Bréfritari: Þórarinn Stefánsson
Dagsetning: A-1925-09-17
Skrifað á: Vesturheimi

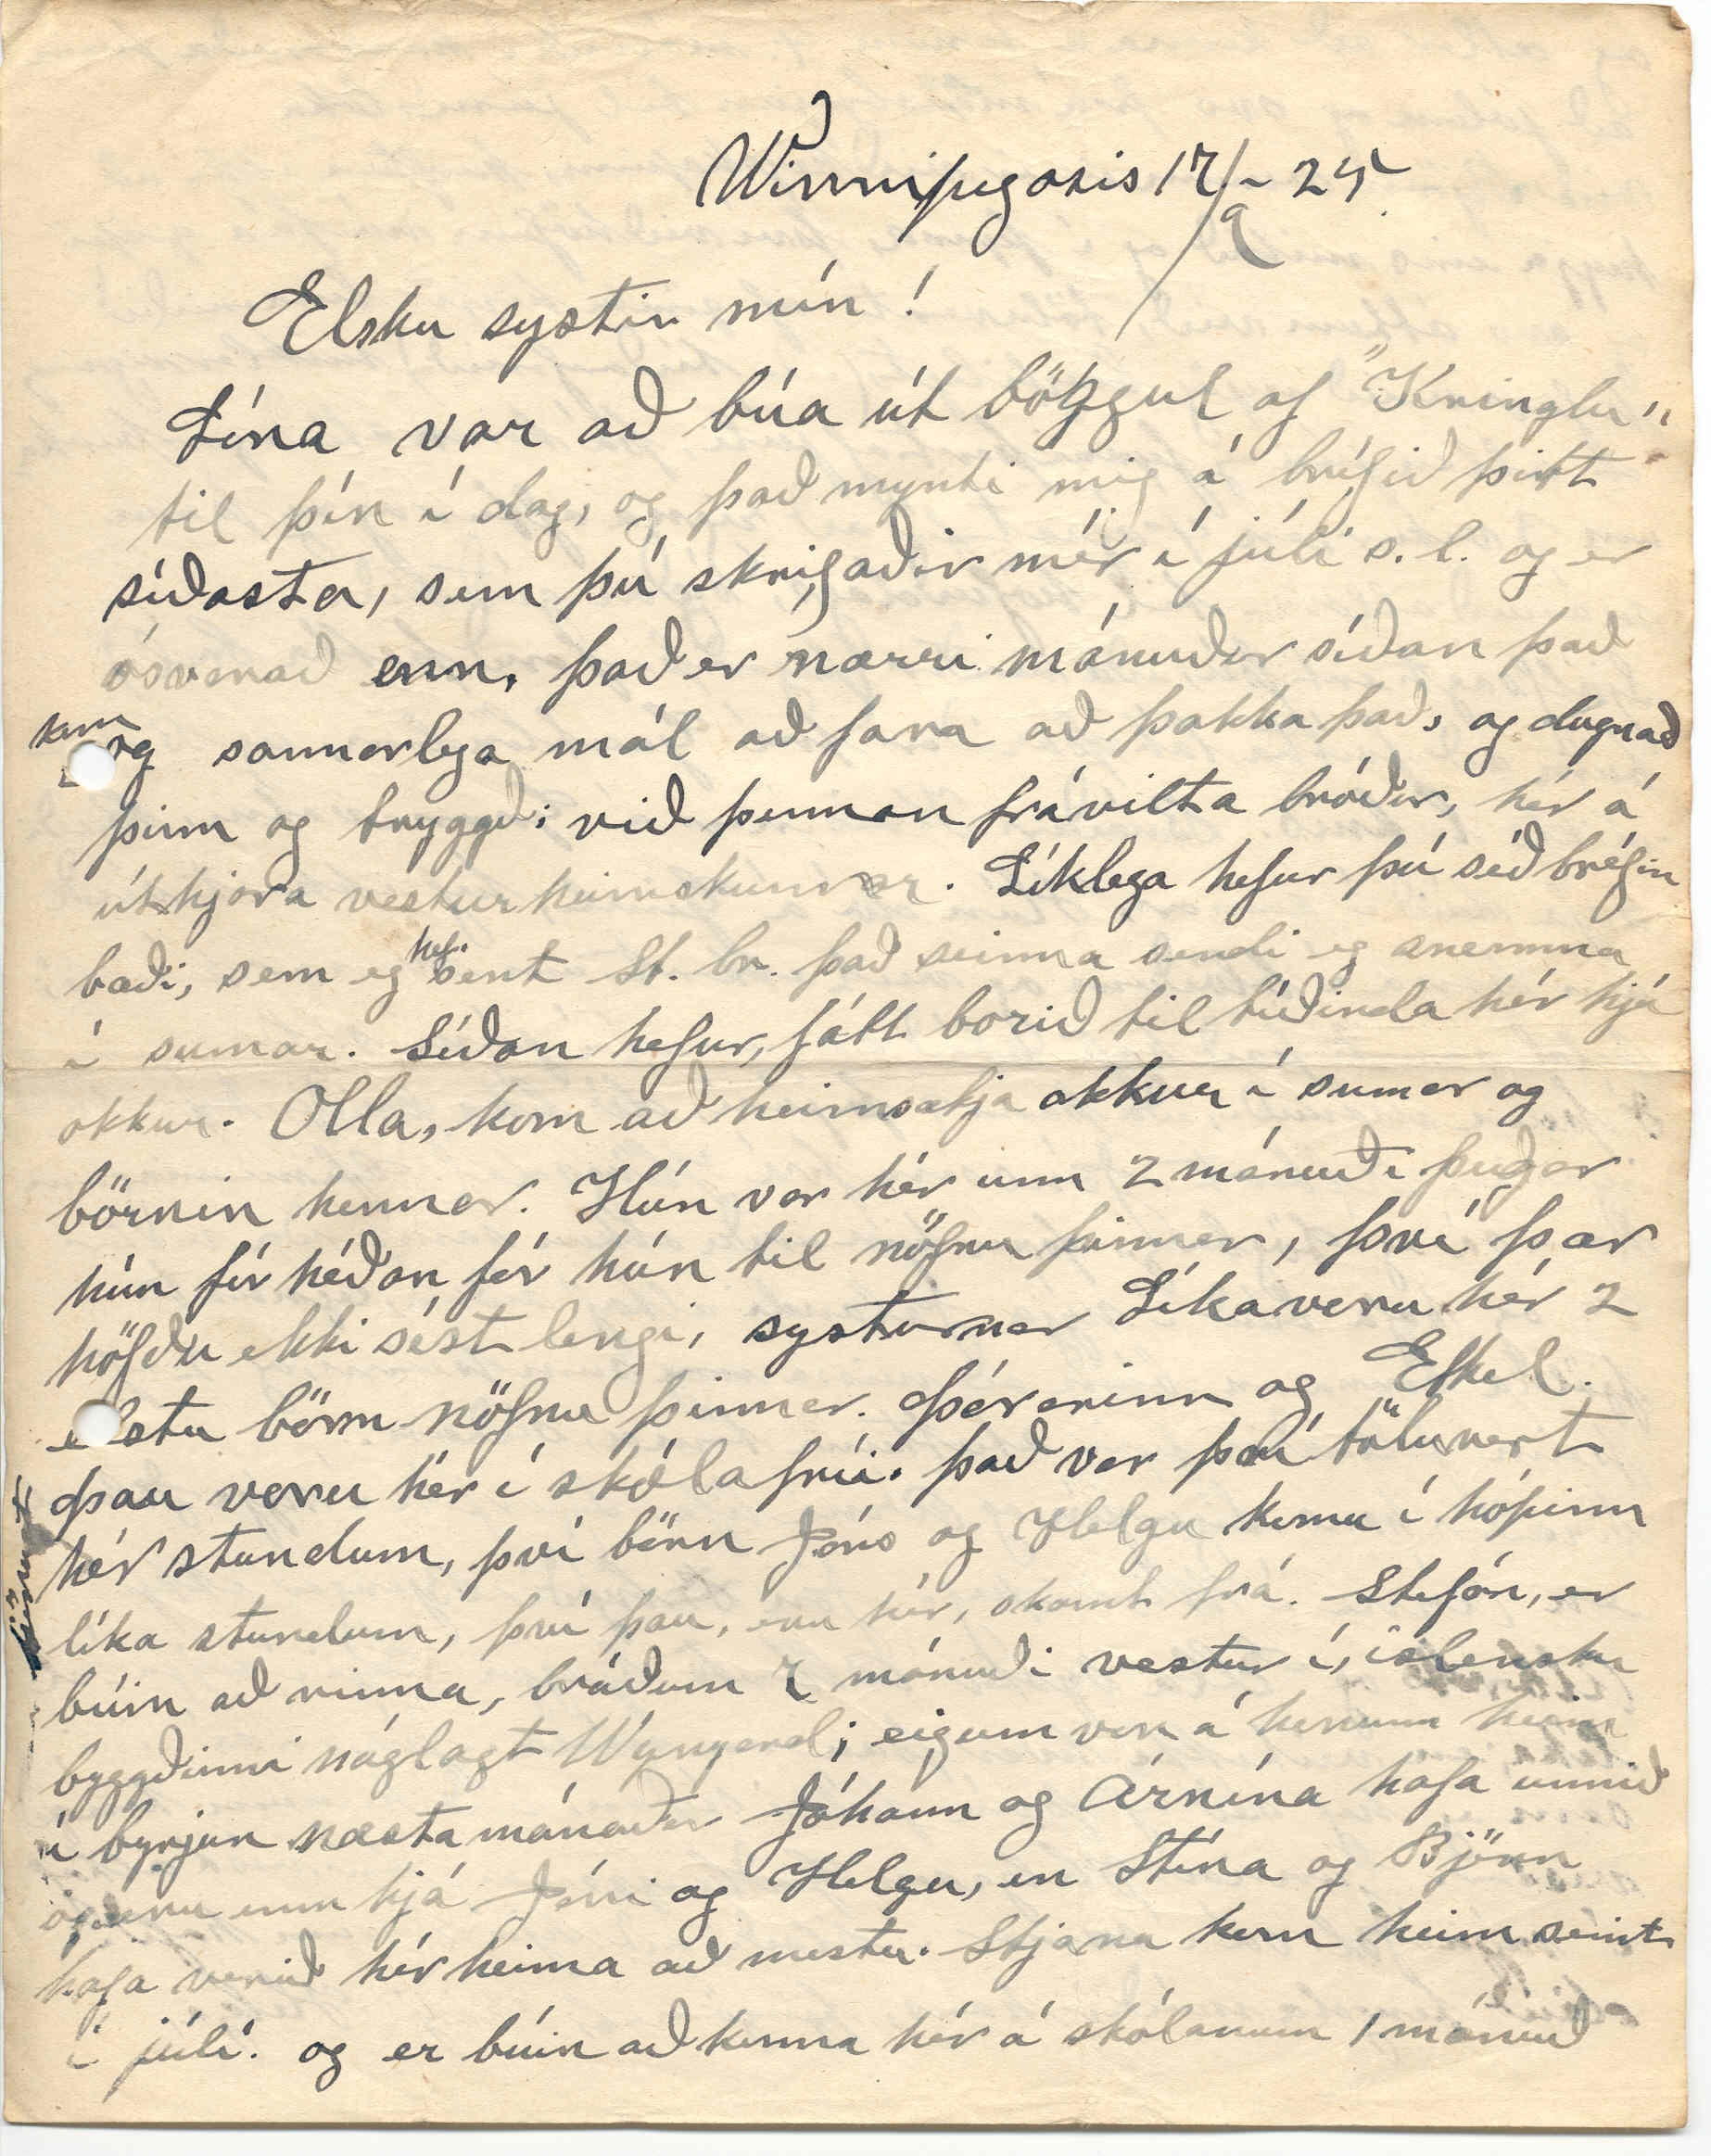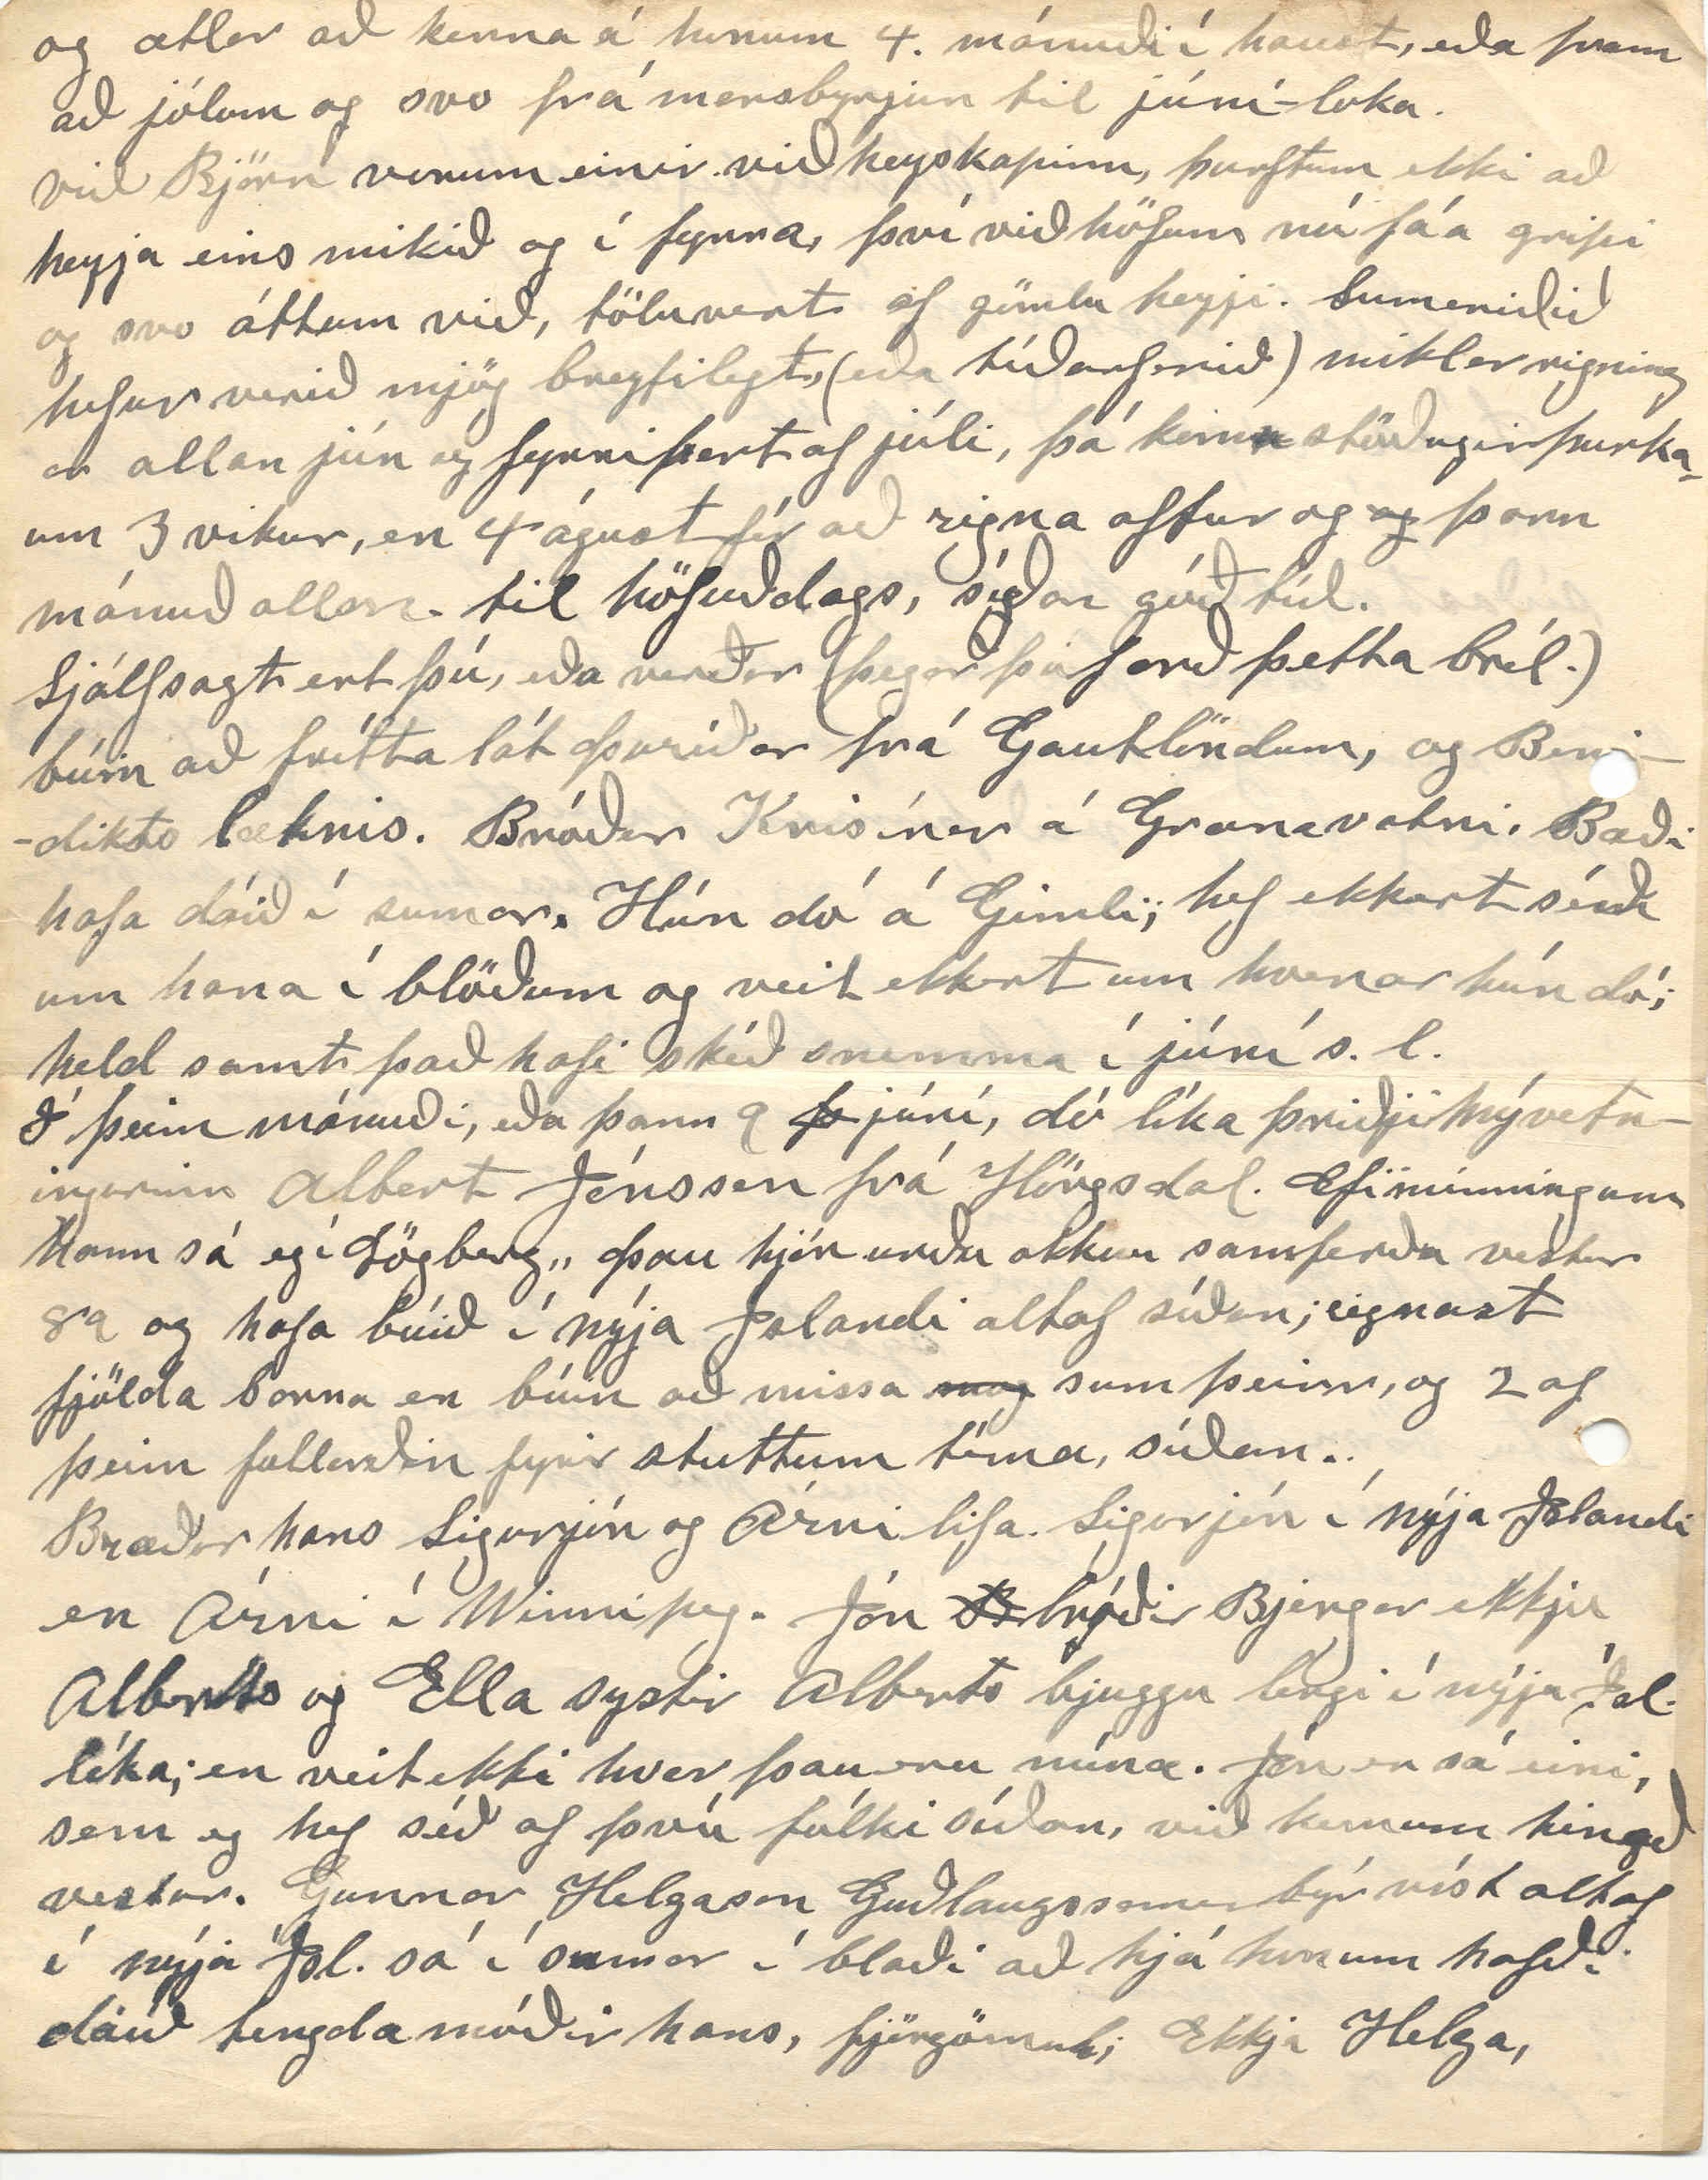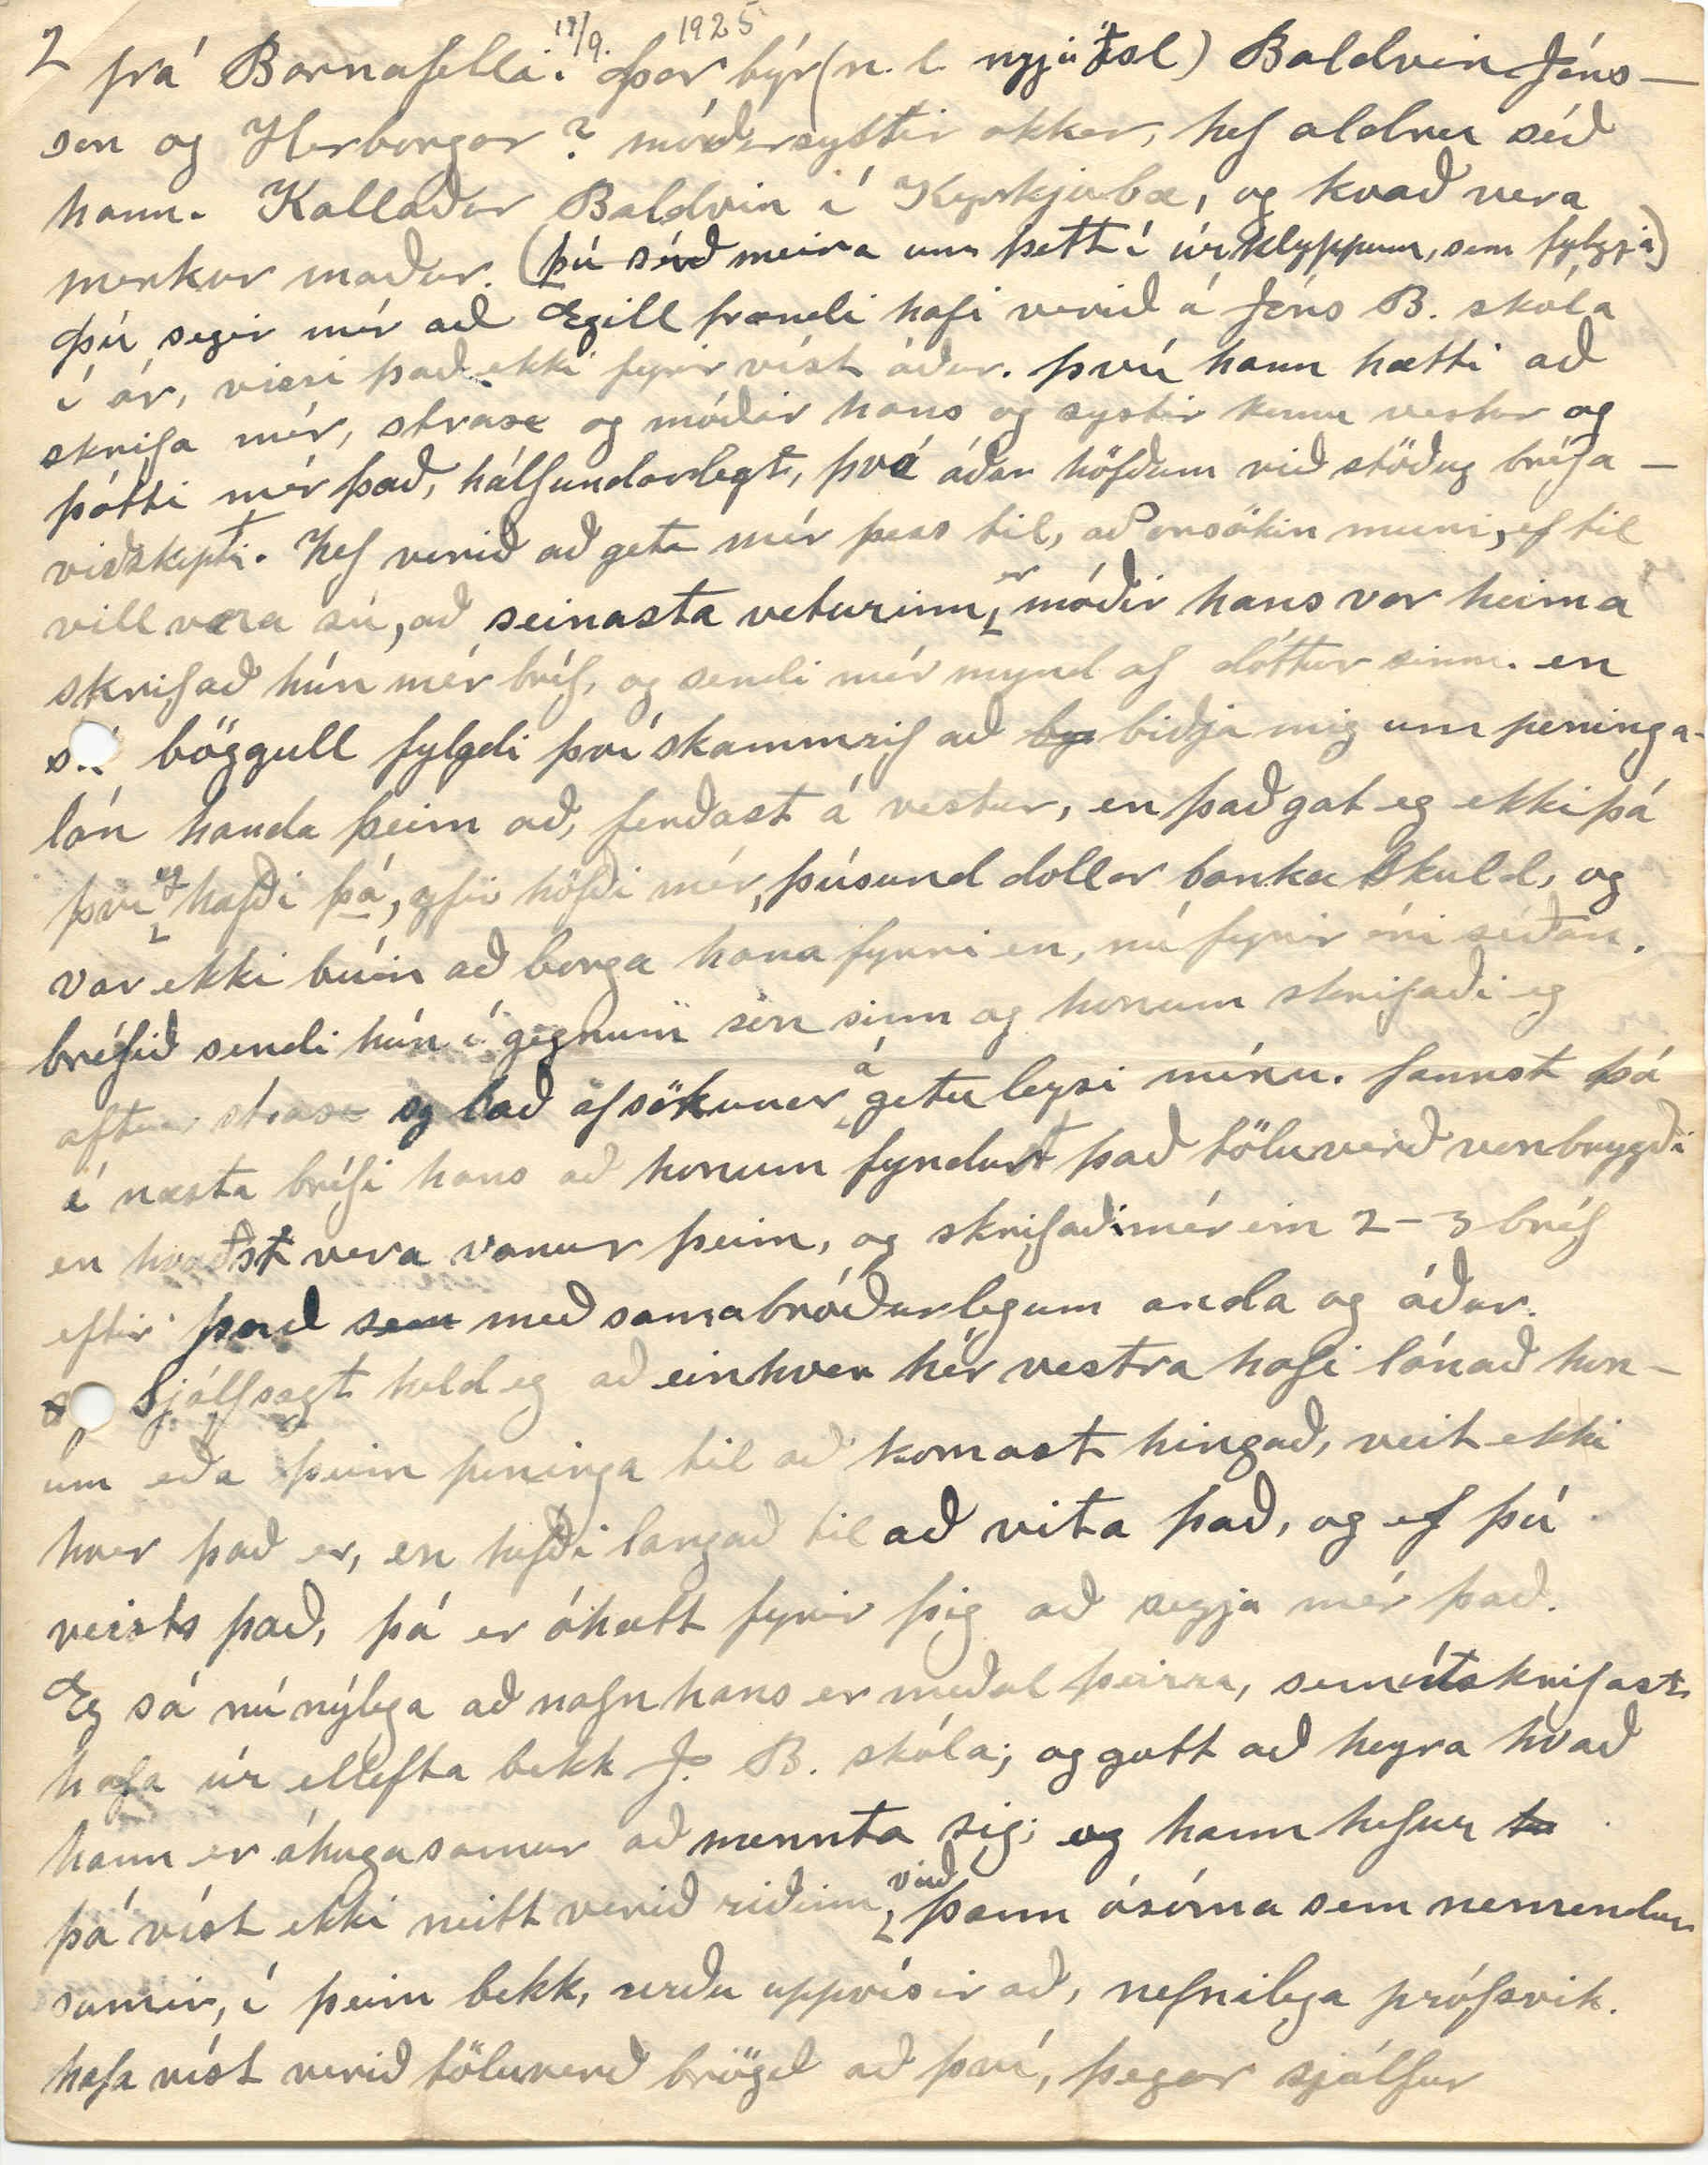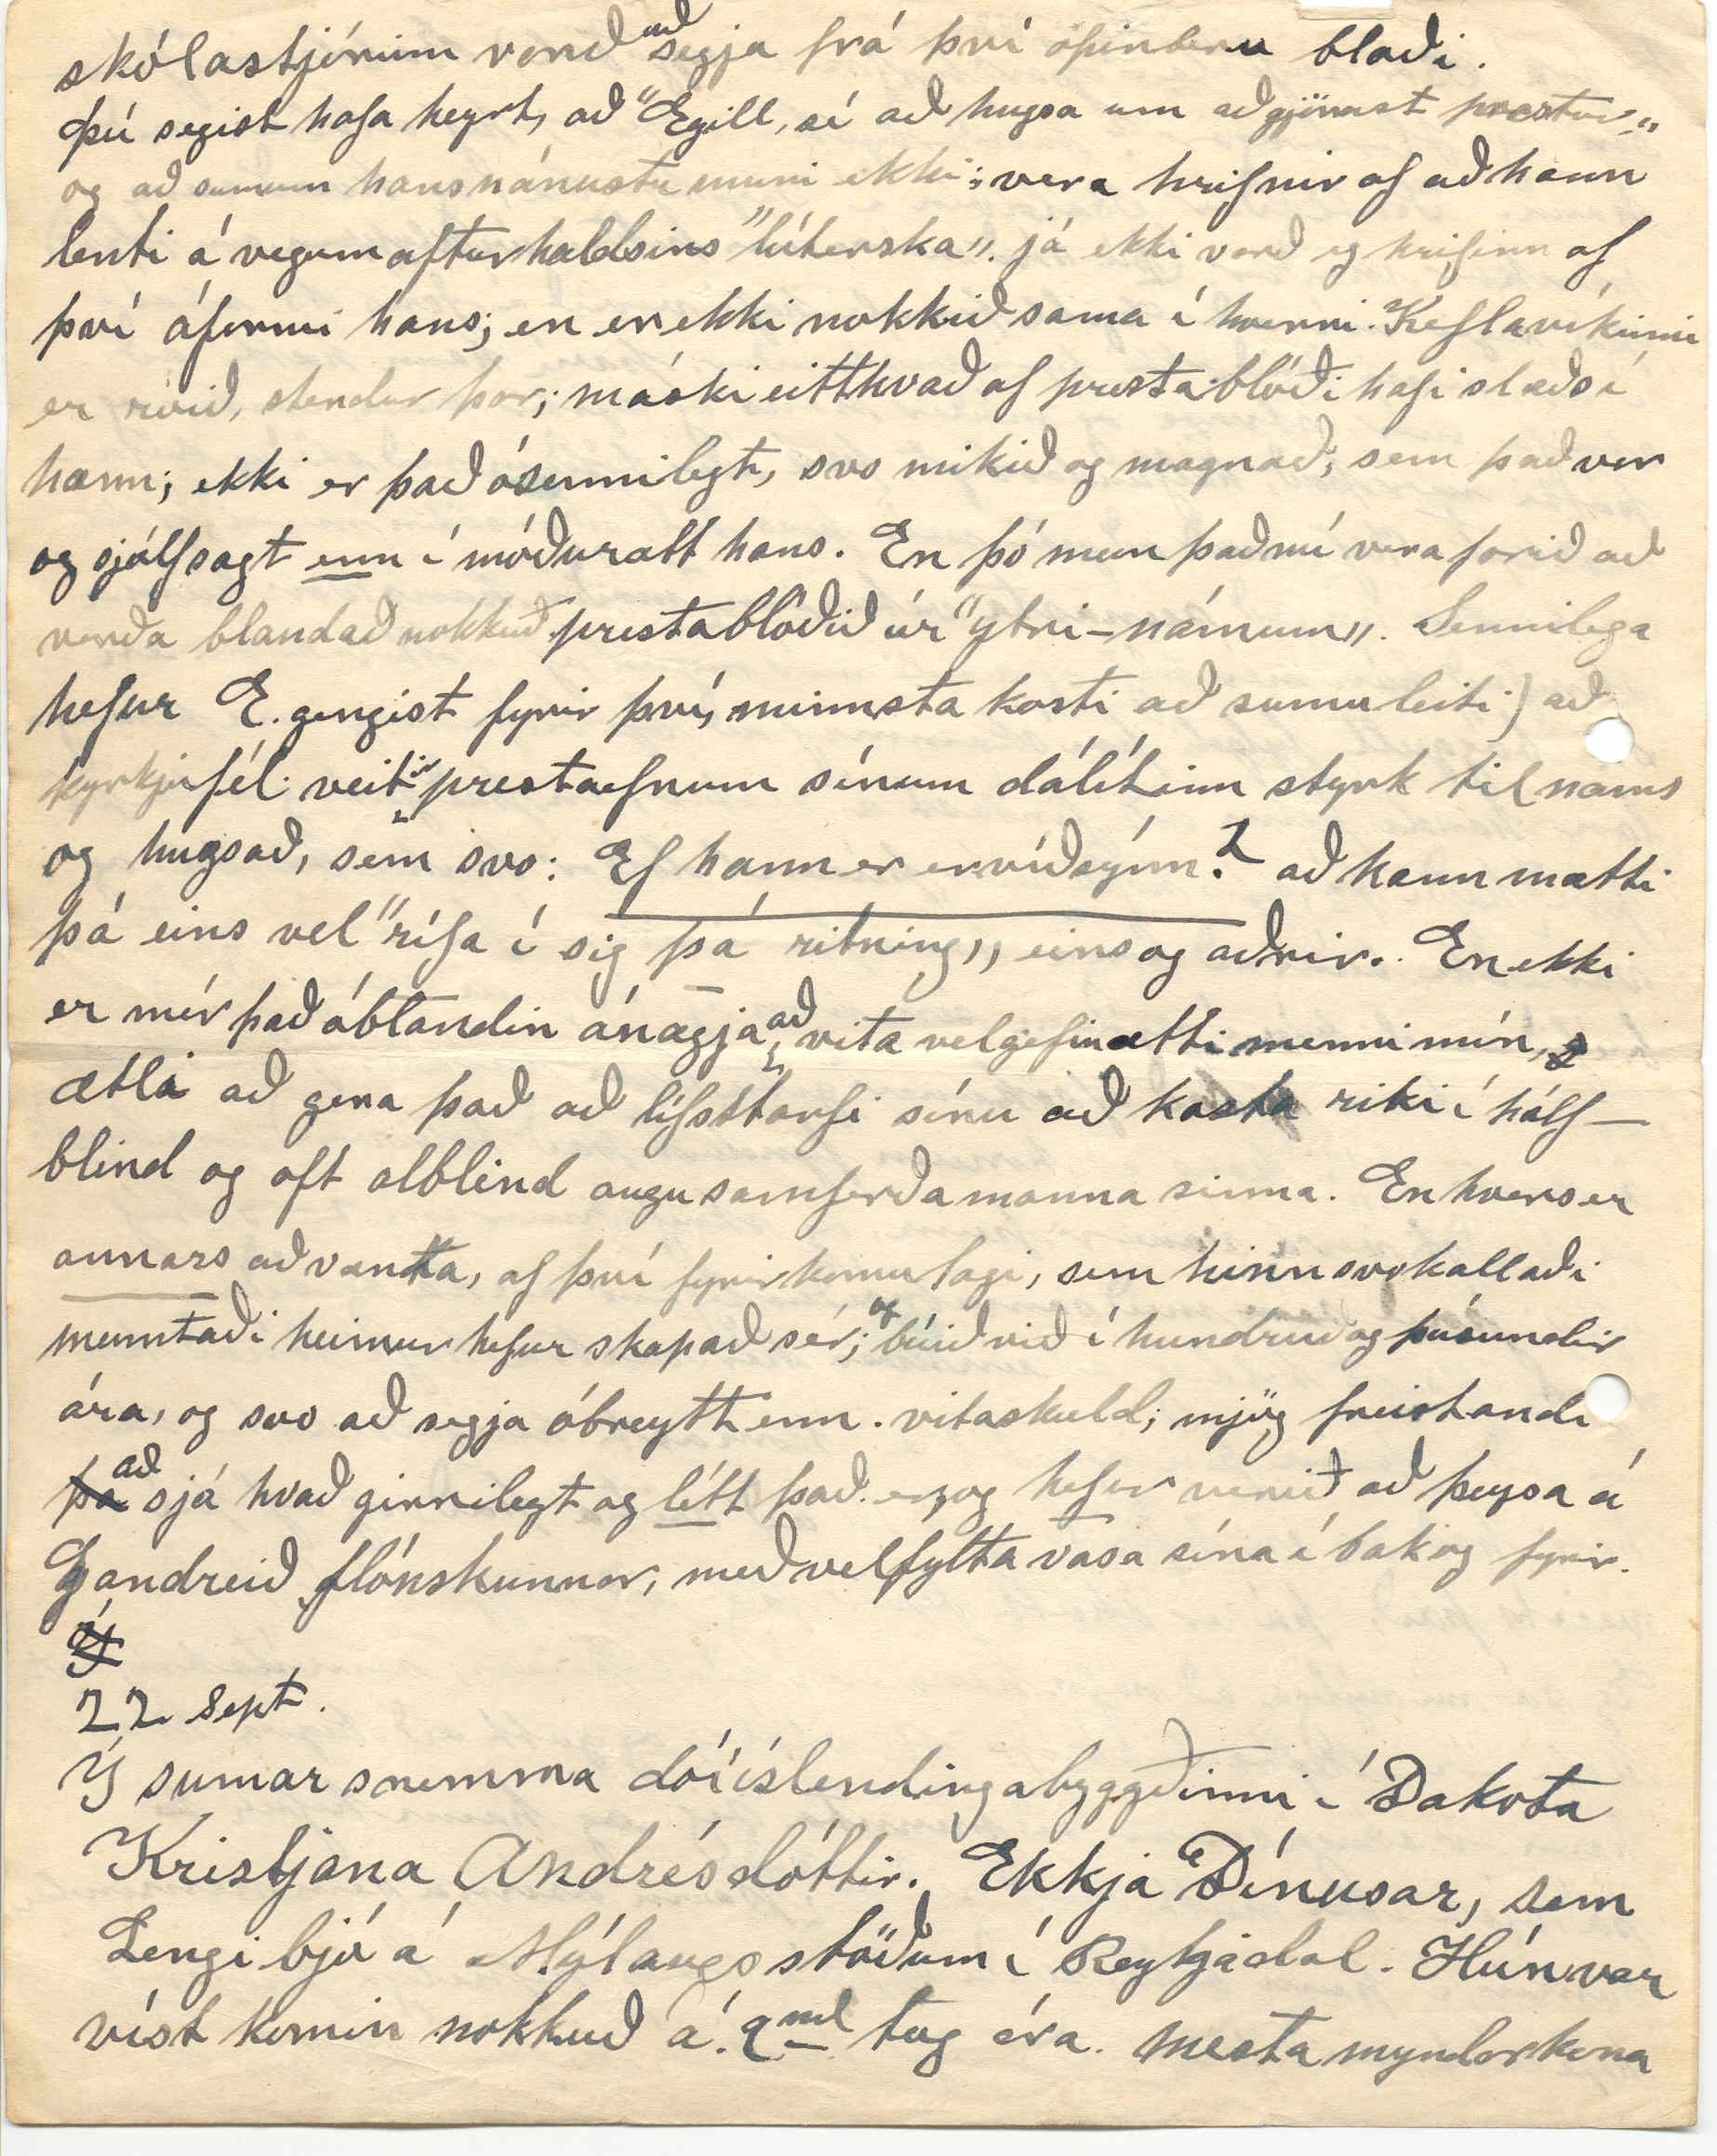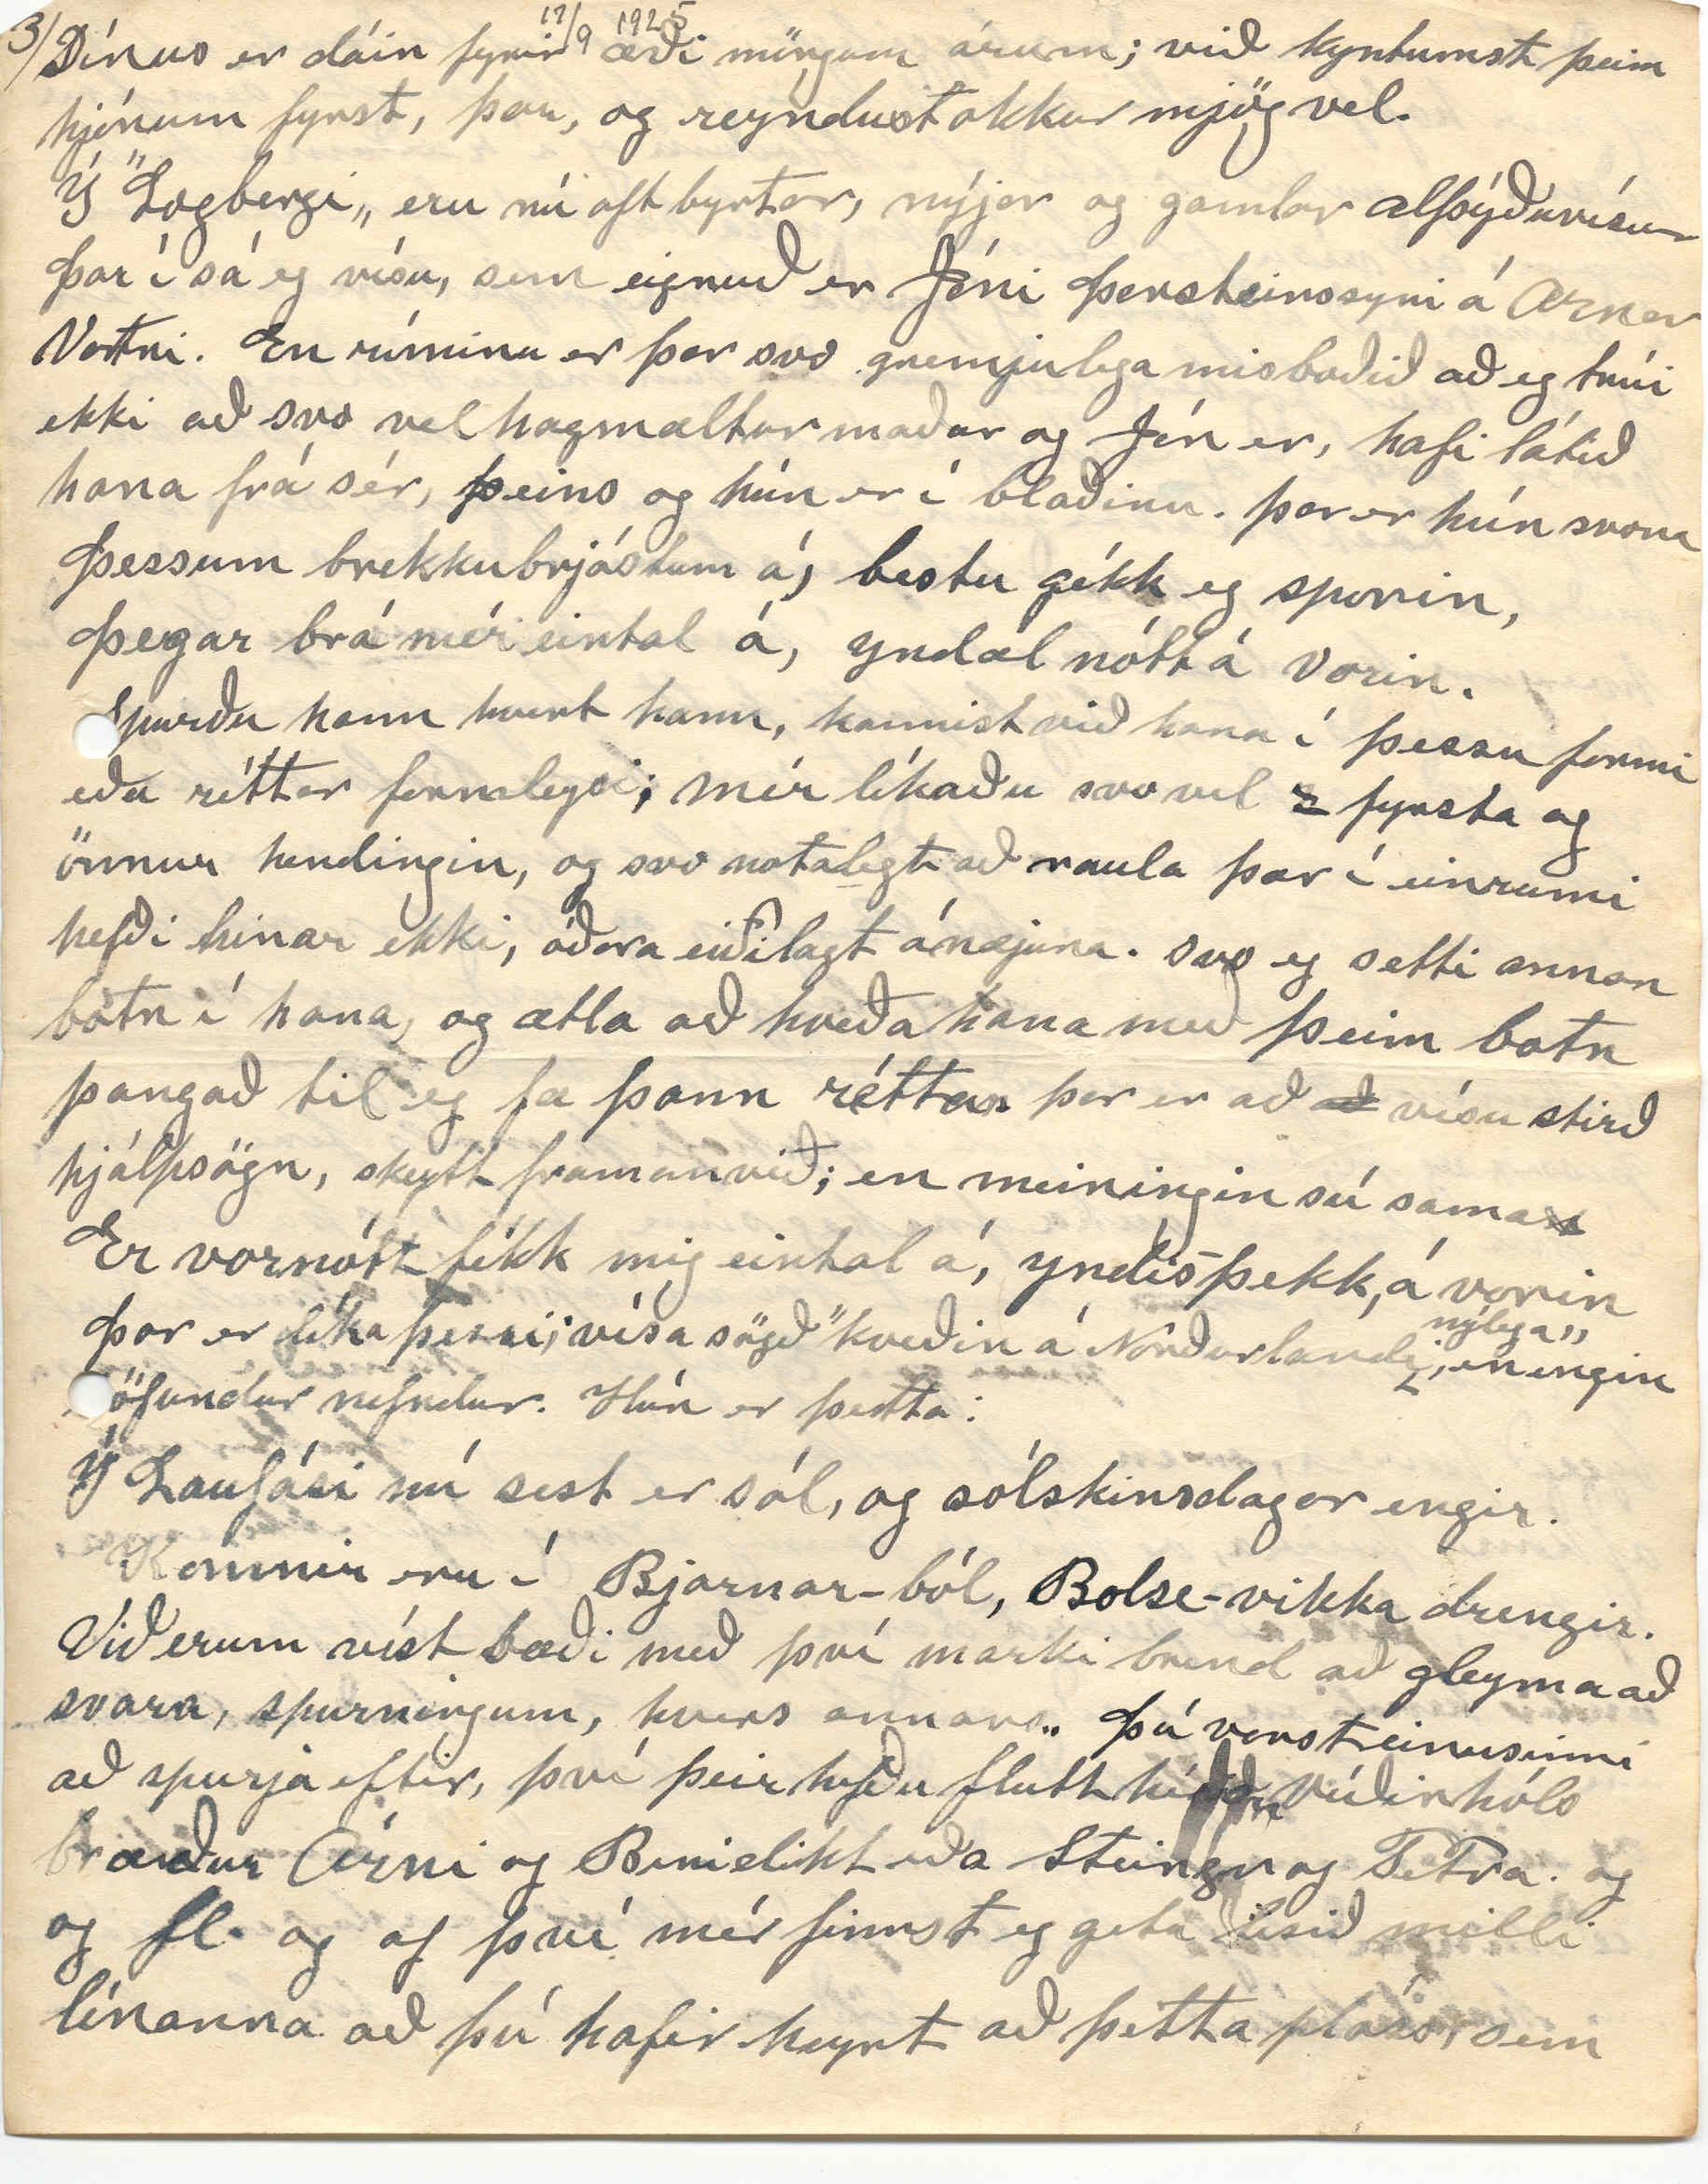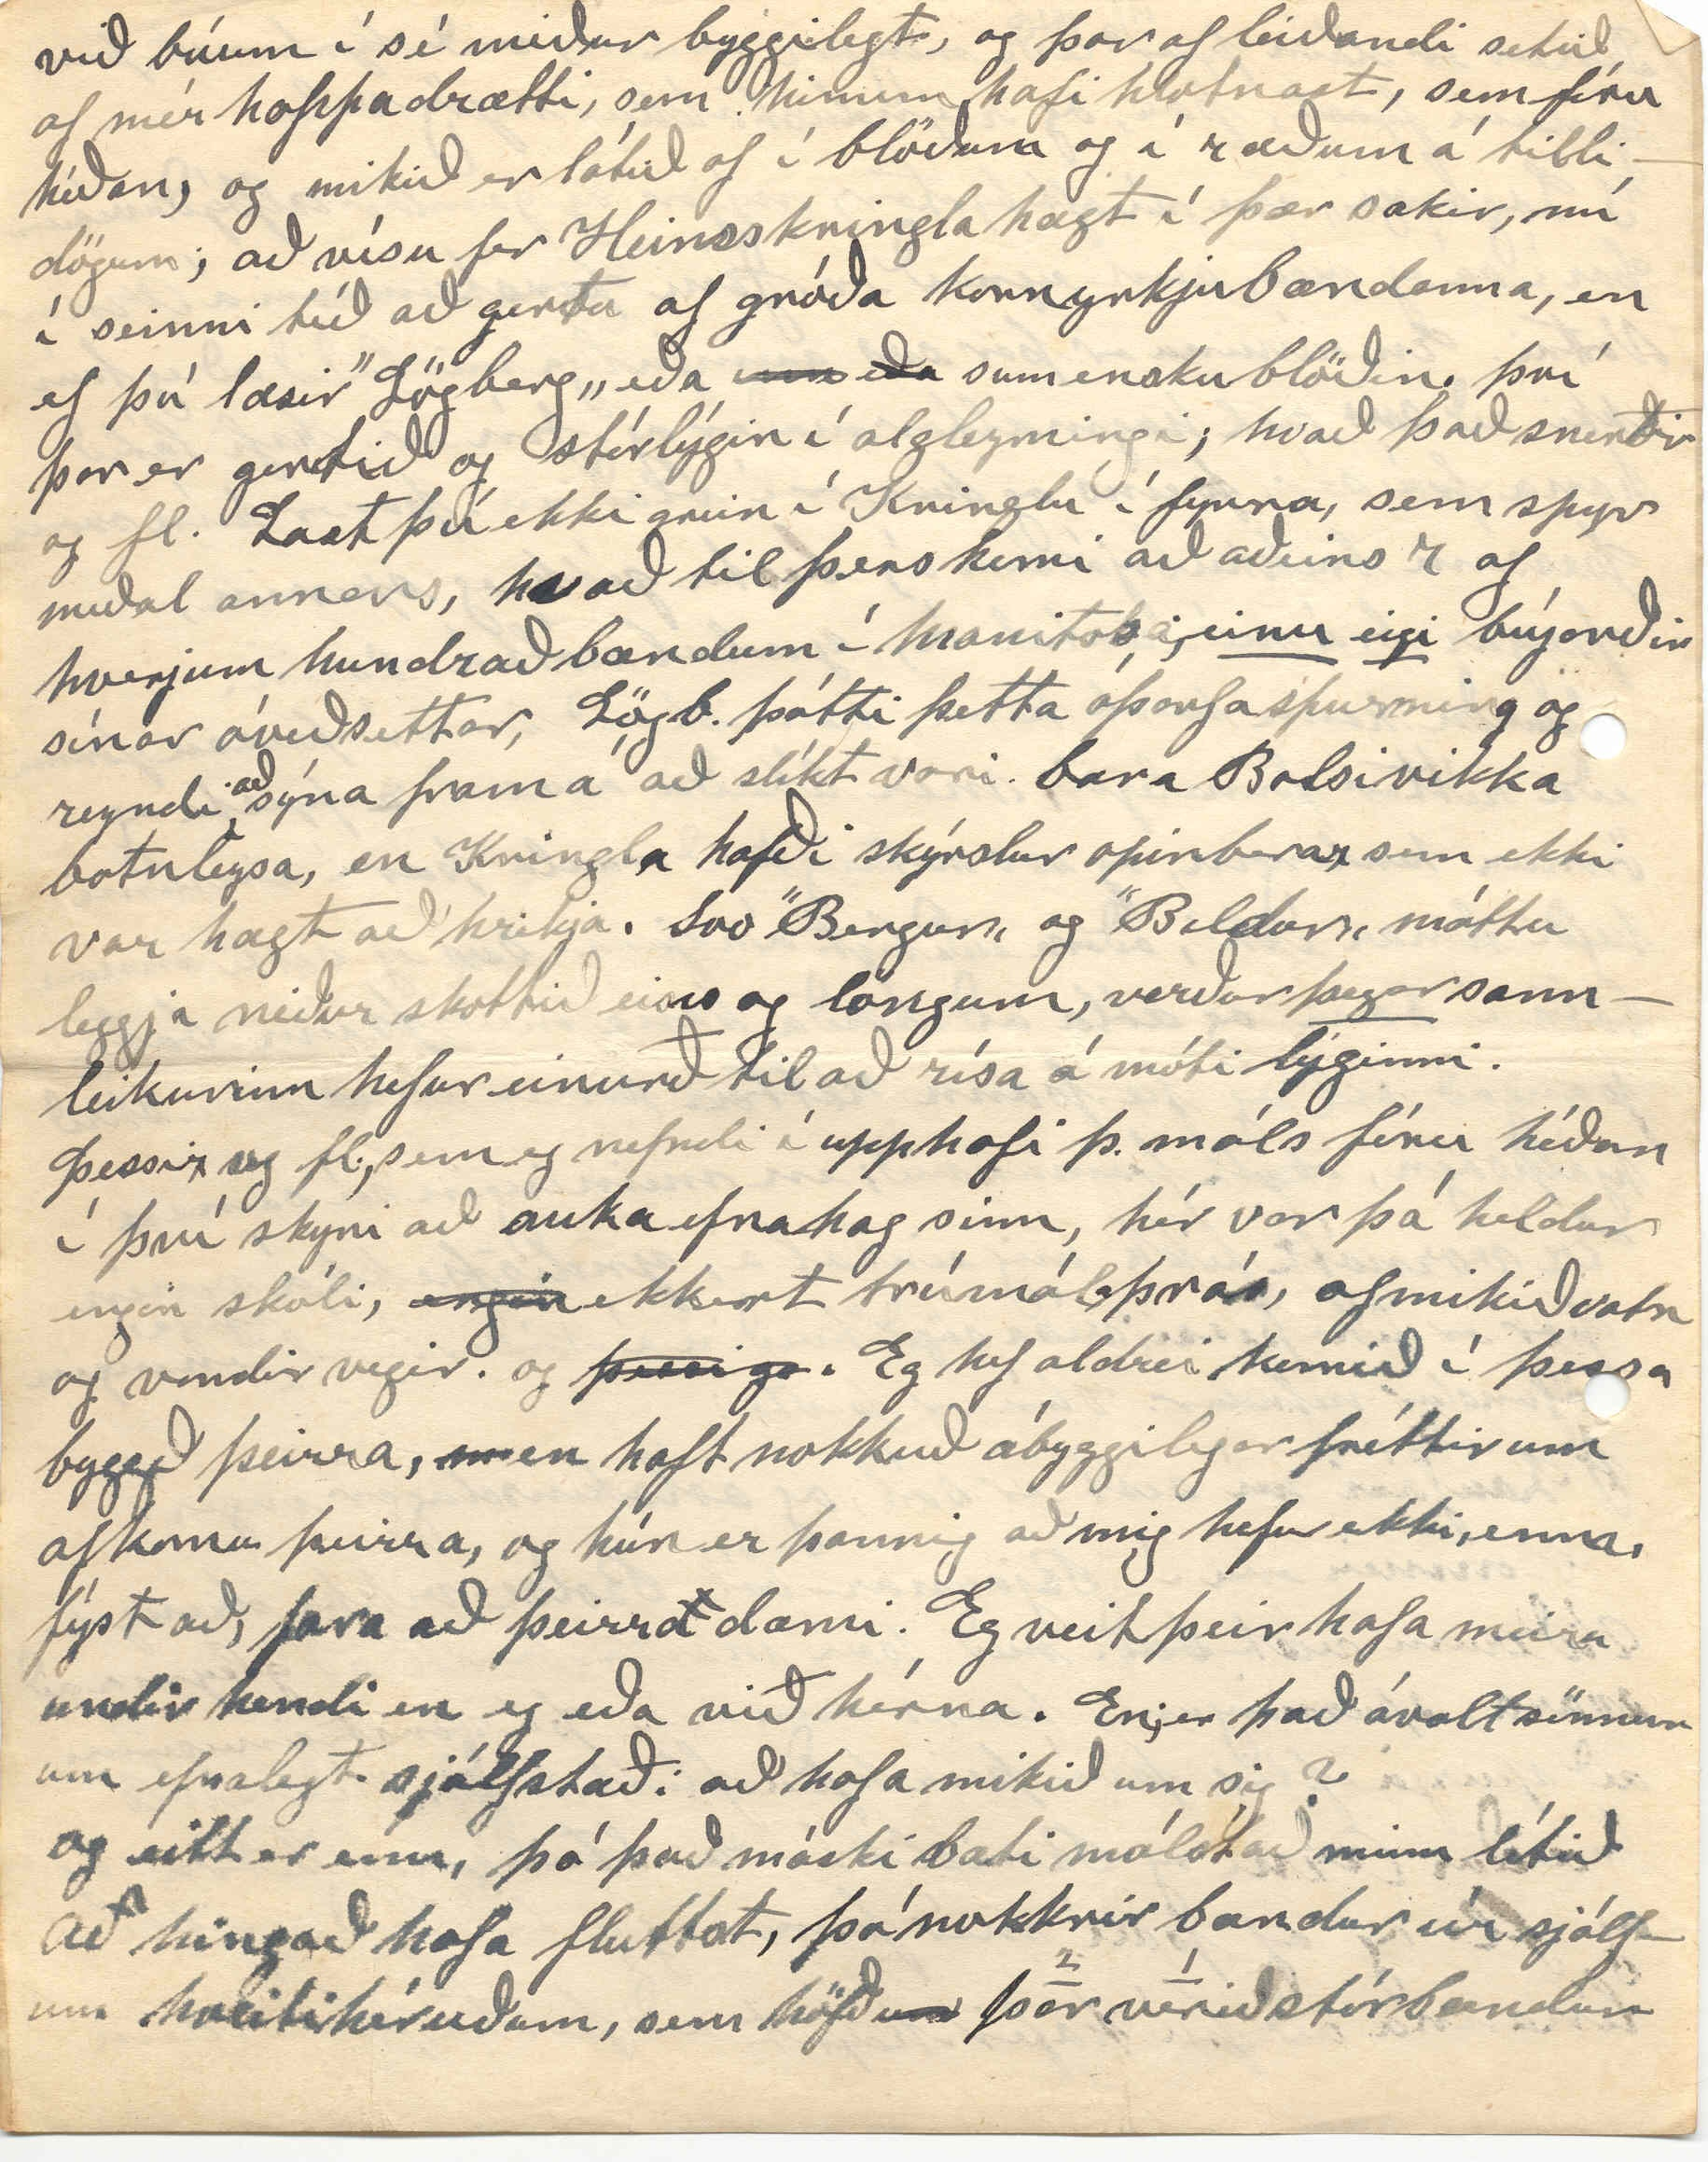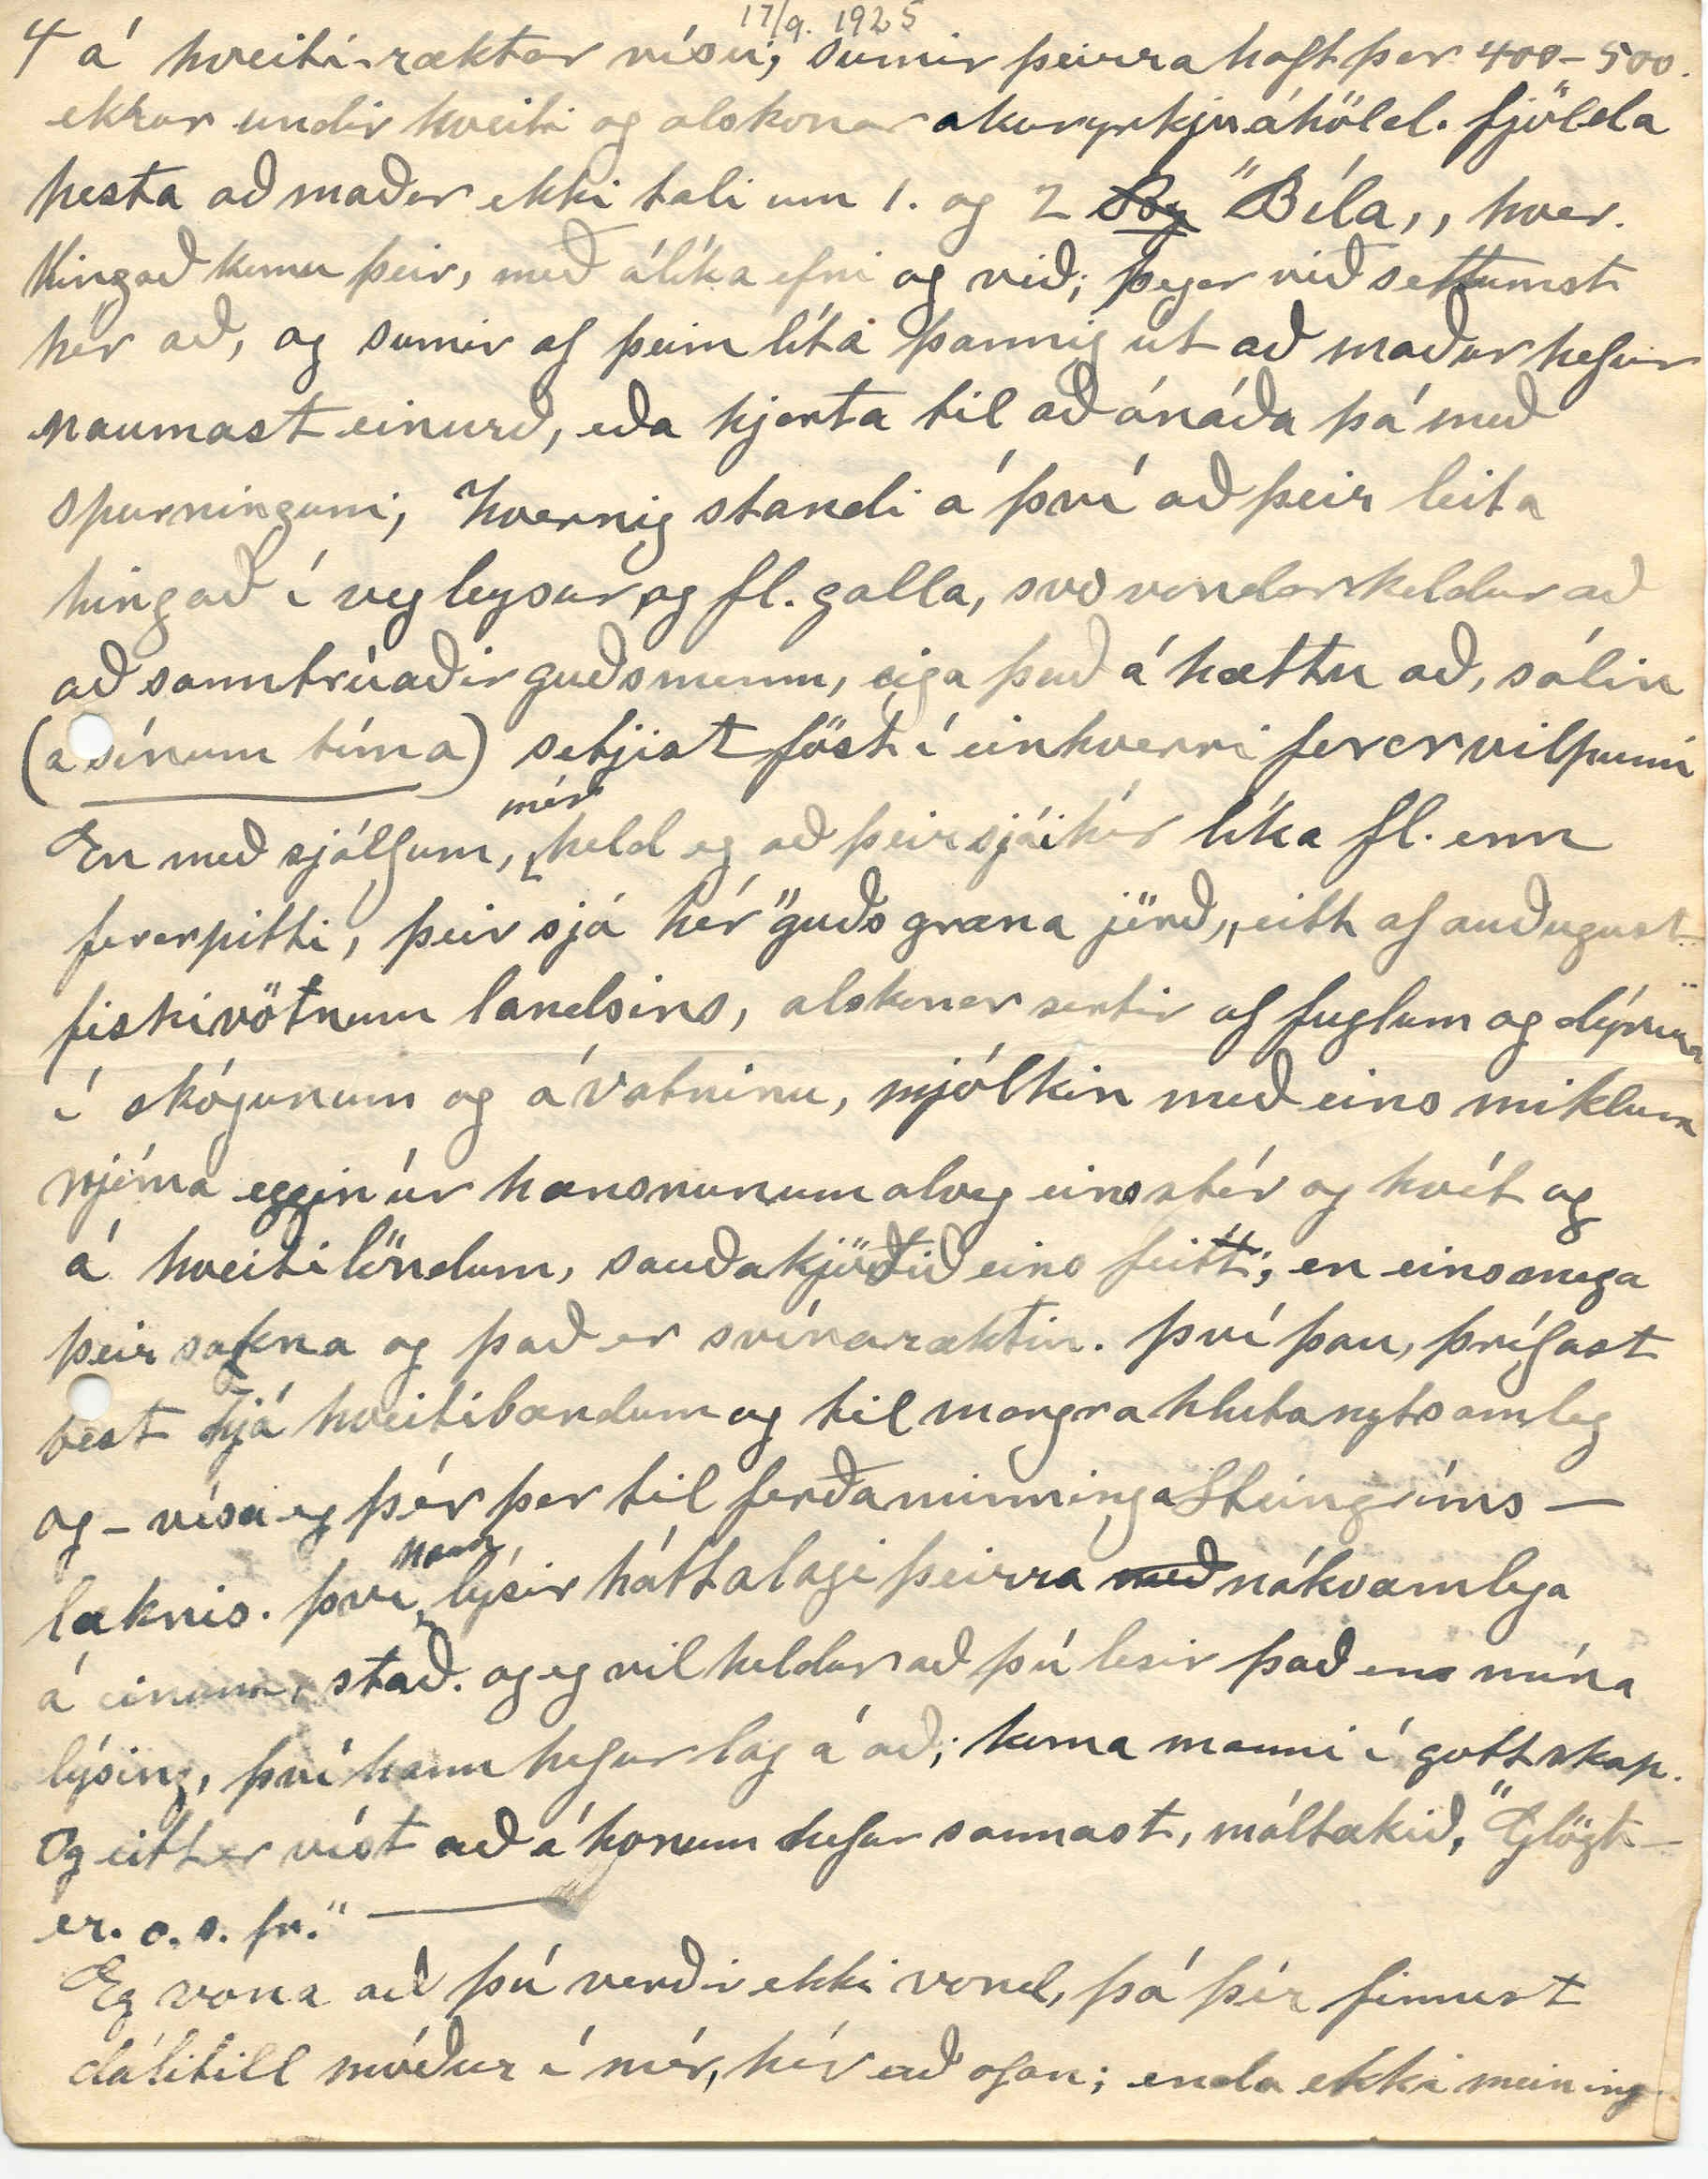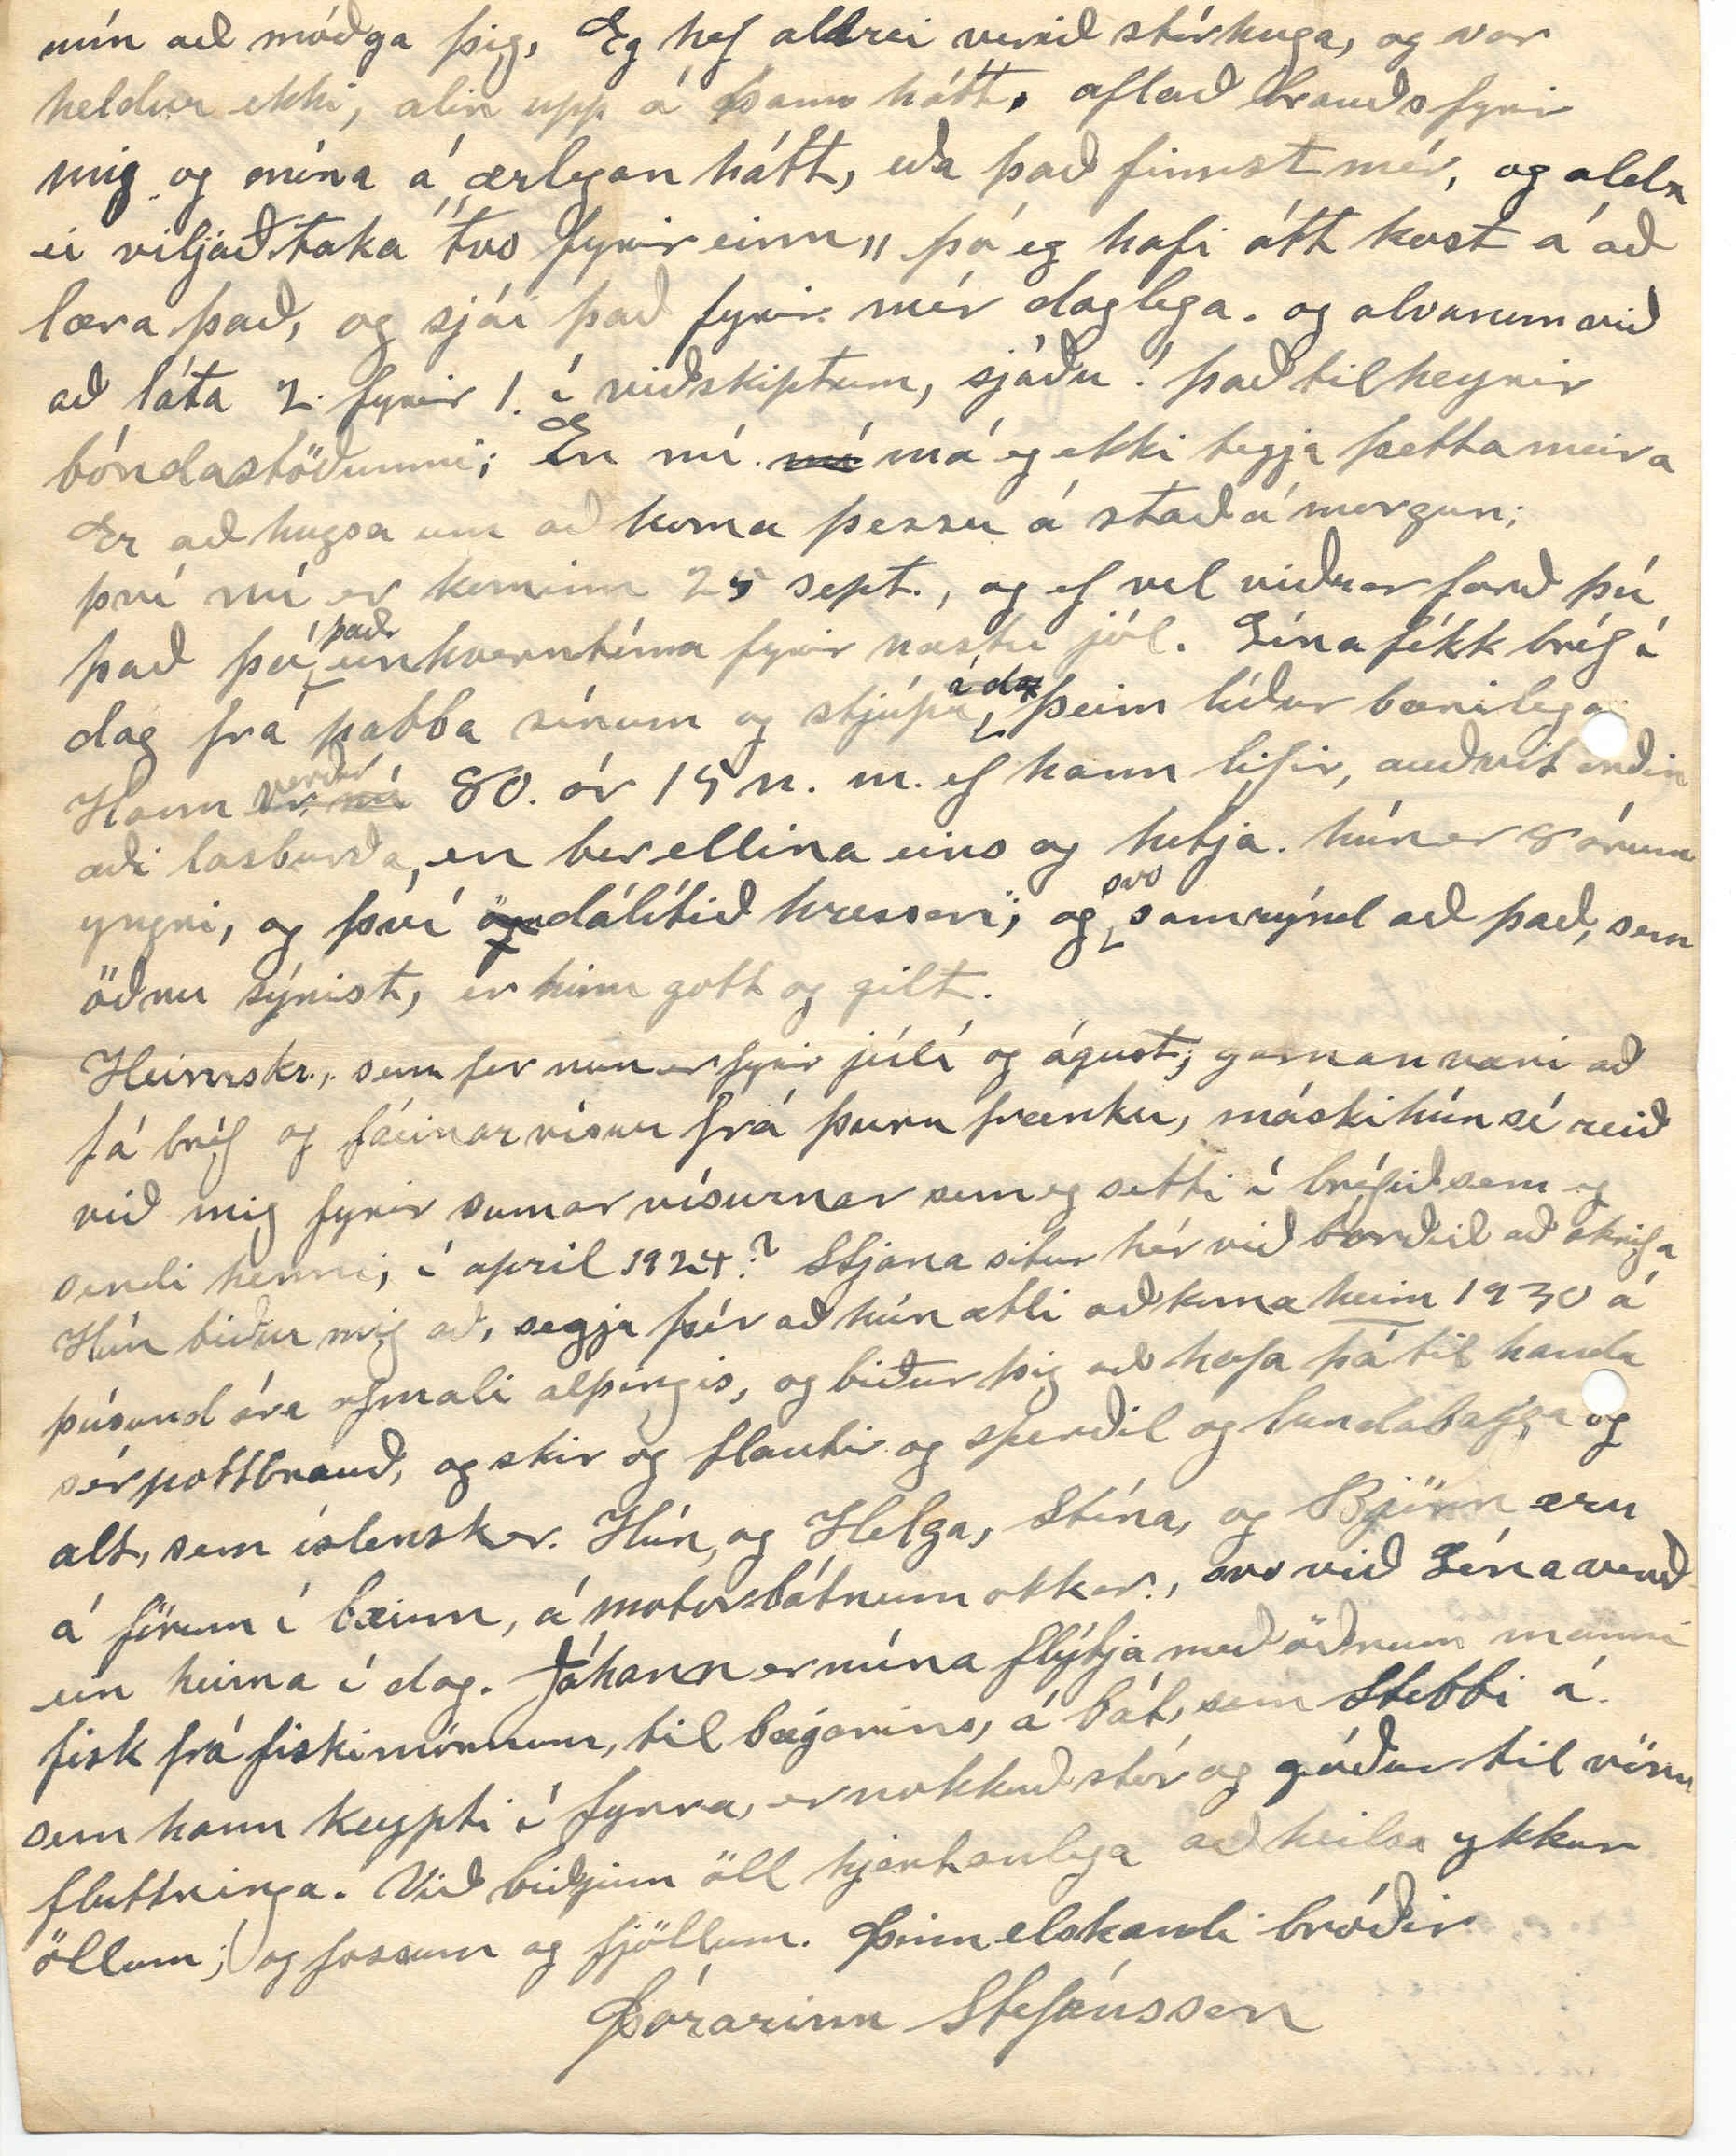

Winnipegosis 17/9 ~ 25
Elsku systir mín!
Lína var að búa út böggul af ”Kringlu„ til þín í dag, og það mynti mig á bréfið þitt síðasta, sem þú skrifaðir mér í júlí s.l. og er ósvarað enn, það er nærri mánuður síðan það
kom
og sannarlega mál að fara að þakka það, og dugnað þinn og tryggð; við þennan frávilta bróður, hér á úthjara vesturheimskunnar. Líklega hefur þú séð bréfin bæði, sem eg
hef
sent St. br. það seinna sendi eg snemma í sumar. Síðan hefur, fátt borið til tíðinda hér hjá okkur. Olla, kom að heimsækja okkur í sumar og börnin hennar. Hún var hér um 2 mánuði. þegar hún fór héðan fór hún til nöfnu þinnar, því þær höfðu ekki sést lengi, systurnar Líka voru hér 2
elstu
börn nöfnu þinnar. Þórarinn og
Ethel
. Þau voru hér í skólafríi. það var því töluvert
fjörugt
hér stundum, því börn Jóns og Helgu komu í hópinn líka stundum, því þau, eru hér, samt frá. Stefán, er búin að vinna, bráðum 7 mánuði vestur í, islensku byggðinni náglægt Wynyard; eigum von á honum heim í byrjun næsta mánaðar Jóhann og Árnína hafa unnið og eru enn hjá Jóni og Helgu, en Stína og Björn hafa verið hér heima að mestu. Stjana kom heim seint í júlí. og er búin að kenna hér á skólanum 1 mánuð
og ætlar að kenna á honum 4. mánuði í haust, eða fram að jólum og svo frá marsbyrjun til júní-loka.
Við Björn vorum einir við heyskapinn, þurftum ekki að heyja eins mikið og í fyrra, því við höfum nú fáa gripi og svo áttum við, töluvert af gömlu heyji. Sumariðið hefur verið mjög breytilegt, (eða tíðarfarið) miklar rigningar allan jún og fyrrpart af júli, þá kom
0
stöðugir þurkar um 3 vikur, en 4 águst fór að rigna aftur og
og
þann mánuð allan. til höfuðdags, sí
g
ðan góð tíð.
Sjálfsagt ert þú, eða verður (þegar þú færð þetta bréf.) búin að frétta lát Þuríðar frá Gautlöndum, og Benidikts læknis. Bróður Krisínar á Grænavatni. Bæði hafa dáið í sumar. Hún dó á Gimli, hef ekkert séð um hana í blöðum og veit ekkert um hvenær hún dó; held samt það hafi skéð snemma í júní s.l.
Í þeim mánuði, eða þann 9
þ
júní, dó líka þriðji mývetningurinn Albert Jónsson frá Hörgsdal. Æfiminning um hann sá eg í Lögberg„ Þau hjón urðu okkur samferða vestur 89 og hafa búið í nýja Islandi altaf síðan; eignast fjölda barna en búin að missa
m0g
sum þeirr, og 2 af þeim fullorðin fyrir stuttum tíma, síðan.
Bræður hans Sigurjón og Árni lifa. Sigurjón í nýja Islandi en Árni í Winnipeg. Jón
B
bróðir Bjargar ekkju Alberts og Ella systir Alberts bjuggu lengi í nýja Ísl. líka; en veit ekki hvar þau eru núna. Jón er sá eini, sem eg hef séð af því fólki síðan, við komum hingð vestur. Gunnar Helgason Guðlaugssonar býr víst altaf í nýja Ísl. sá í sumar í blaði að hjá honum hafði dáið tengdamóðir hans, fjörgömul; Ekkja Helga,
frá Barnafelli. Þar býr (n.l. nyja Ísl) Baldvin Jónsson og Herborgar ? móðursystir okkar, hef aldrei séð hann. Kallaður Baldvin í Kyrkjubæ, og kvað vera merkur maður. (þú sérð meira um þett í úrklyppum, sem fylgja) Þú segir mér að Egill frændi hafi verið á Jóns B. skóla í ár, vissi það ekki fyrir víst áður. því hann hætti að skrifa mér, strax og móðir hans og systir komu vestur og þótti mér það, hálfundarlegt, því áðar höfðum við stöðug bréfaviðskipti. hef verið að geta mér þess til, að orsökin muni, ef til vill vera sú, að seinasta veturinn
er
móðir hans var heima skrifað hún mér bréf, og sendi mér mynd af dóttur sinni. en
sá
böggull fylgdi því skammrif að
by
biðja mig um peningalán handa þeim að, ferðast á vestur, en það gat eg ekki þá því
eg
hafði
þá
, yfir höfði mér, þúsund dollar banka skuld, og var ekki búin að borga hana fyrri en, nú fyrir ári síðan. bréfið sendi hún í gegnum son sinn og honum skrifaði eg aftur strax og bað afsökunar
á
getuleysi mínu. fannst þá í næsta bréfi hans að honum fyndurt það töluverð vonbrygði en hvaðst vera vanur þeim, og skrifaði mér ein 2-3 bréf eftir það
sem
með sama bróðurlegum anda og áður.
00
Sjálfsagt held eg að einhver hér vestra hafi lánað honum eða þeim peninga til að komast hingað, veit ekki hver það er, en hefði langað til að vita það, og ef þú veist það, þá er óhætt fyrir þig að segja mér það. Eg sá nú nýlega að nafn hans er meðal þeirra, sem útskrifast hafa úr ellefta bekk J. B. skóla; og gott að heyra hvað hann er áhugasamur að mennta sig; og hann hefur
t0
þá víst ekki neitt verið riðinn
við
þann ósóma sem nemendur sumir, í þeim bekk, verða uppvísir að, nefnilega prófsvik. hafa víst verið töluverð brögð að því, þegar sjálfur
skólastjórinn varð
að
segja frá því opinberu blaði.
Þú segist hafa heyrt, að ”Egill, sé að hugsa um að gjörast prestur„ og að sumum hans nánustu muni ekki; vera hrifnir af að hann lenti á vegum afturhaldsins ”lúterska„. já ekki varð eg hrifinn af því áformi hans; en er ekki nokkið sama í hvorri Keflavíkinni er róið, stendur þar; máski eitthvað af prestablóði hafi slæðs í hann; ekki er það ósennilegt, svo mikið og magnað, sem það var og sjálfsagt
enn
í móðurætt hans. En þó mun það nú vera farið að verða blandað nokkuð prestablóðið úr ”ytri-námum„. Sennilega hefur E. gengist fyrir því, minnsta kosti að sumu leiti) að kyrkjufél veit
ir
prestaefnum sínum dálítinn styrk til náms og hugsað, sem svo:
Ef hann er víðsýnn?
að hann mætti þá eins vel ”rífa í sig
þá
ritning„ eins og aðrir. En ekki er mér það óblandin ánægja
að
vita vel gefin ætti menni mín,
g
ætli að gera það að lífsstarfi sínu að kasta riki í hálfblind og oft alblind augu samferðamanna sinna. En hvers er
annars
að vænta, af því fyrirkomulagi, sem hinn svokallaði menntaði heimur hefur skapað sér;
og
búið við í hundruð og þúsundir ára, og svo að segja óbreytt enn. vitaskuld; mjög freistandi
þa
að sjá hvað girnilegt og
létt
það er, og
hefur
verið að þeysa á
gandreið
flónskunnar, með vel fylta vasa sína í bak og fyrir.
Í
22 sept.
Í sumar snemma dó í íslendingabyggðinni í Dakota Kristjana Andrésdóttir. Ekkja Dínusar, sem Lengi bjó á Mýlaugsstöðum í Reykjadal. Hún var víst komin nokkuð á. 9
nd
tug ára. mesta myndarkona
Dínus er dáin fyrir æði mörgum árum; við kyntumst þeim hjónum fyrst, þar, og reyndust okkur mjög vel.
Í ”Logbergi„ eru nú oft byrtar, nýjar og gamlar alþýðuvísur Þar í sá eg vísu, sem eignuð er Jóni Þorsteinssyni á Arnarvatni. En ríminu er þar svo gremjulega misboðið að eg trúi ekki að svo vel hagmæltur maður og Jón er, hafi látið hana frá sér,
þ
eins og hún er í blaðinu. þar er hún svona
Þessum brekkubrjóstum á, bestu gékk eg sporin,
Þegar brá mér eintal á, yndæl nótt á vorin.
Spurðu hann hvort hann, kannist við hana í þessu formi eða réttar formleysi; mér líkaðu svo vel
2
fyrsta og önnur hendingin, og svo notalegt að raula þær í einrumi hefði hinar ekki, óðara eiðilagt ánæjuna. svo eg setti annan bótn í hana, og ætla að hveða hana með þeim botn þangað til eg fæ þann rétta þar er að
að
vísu stirð hjálpsögn, skeytt framanvið; en meiningin sú sama
n
Er vornótt fékk mig eintal á, yndis-þekk, á vorin
Þar er líka þessi; vísa sögð ”kveðin á Norðurlandi
nýlega„
, en engin höfundur nefndur. Hún er þetta:
Í Laufási nú sest er sól, og sólskinsdagar engir.
Komnir eru í Bjarnar-ból, Bolse-vikka drengir.
Við erum víst bæði með því marki brend að gleyma að svara, spurningum, hvors annars. Þú varst einusinni að spurja eftir, því þeir hefðu flutt
héðan
víðirhólsbræður Árni og Benidikt eða Steingr og Petra, og og fl. og af því mér finnst eg geta lesið milli línanna að þú hafir heyrt að þetta pláss, sem
við búum í sé miður byggilegt, og þar af leiðandi setið af mér happadrætti, sem hinum hafi hlotnast, sem fóru héðan, og mikið er látið af í blöðum og í ræðum á tillidögum; að vísu fer Heimsskringla hægt í þær sakir, nú í seinni tíð að gorta af gróða kornyrkjubændanna, en ef þú læsir ”Lögberg„ eða
um eða
sum ensku blöðin. því þar er gortið og stórlýgin í algleymingi; hvað það sner
ð
tir og fl. Last þú ekki grein í Kringlu í fyrra, sem spyr meðal annars, hvað til þess komi að aðeins 7 af hverjum hundrað bændum í Manitoba;
einu eigi
bújarðir sínar óveðsettar, Lögb. þótti þetta óþarfa spurning og reyndi
að
sýna fram á að slíkt væri bara Bolsivikka botnleysa, en Kringla hafði skýrslur opinberar sem ekki var hægt að hrekja. Svo ”Bergur„ og ”Baldur„ máttu leggja niður skottið eins og löngum, verður
þegar
sannleikurinn hefur einurð til að rísa á móti lýginni. Þessir og fl., sem eg nefndi í upphafi þ. máls fóru héðan í því skyni að auka efnahag sinn, hér var þá heldur engin skóli,
engin
ekkert
trúmálaþrá0
, of mikið vatn og vondir vegir. og
þessi g0
. Eg hef aldrei komið í þessa byggð þeirra,
m
en haft nokkuð ábyggilegar fréttir um afkomu þeirra, og hún er þannig að mig hefur ekki, enn, fýst að, fara að þeirr
d
dæmi. Eg veit þeir hafa meira undir hendi en eg eða við hérna. En; er það ávalt sönnun um efnalegt sjálfstæði að hafa mikið um sig?
og eitt er enn, þó það máski bæti málstað minn lítið að hingað hafa fluttst, þó nokkrir bændur úr sjálfum hveitihéruðum, sem höfð
um
þar verið
verið þar stórbændur
á hveiti-ræktar vísu; sumir þeirra haft þar 400-500. ekrur undir hveiti og alskonar akuryrkjuáhöld. fjölda hesta að maður ekki tali um 1. og 2
By
”Bíla„ hver. Hingað komu þeir, með álíka efni og við; þegar við settumst hér að, og sumir af þeim líta þannig út að maður hefur naumast einurð, eða hjarta til að ónáða þá með spurningum; hvernig standi á því að þeir leita hingað í veg leysur og fl. galla, svo vondar keldur að að sanntrúaðir guðsmenn, eiga það á hættu að, sálin
(á sínum tíma)
setjist föst í einhverri forarvilpunni En með sjálfum
mér
, held eg að þeir sjái hér líka fl. enn forarpitti, þeir sjá hér ”guðs græna jörð„ eitt af auðugust fiskivötnum landsins, alskonar sortir af fuglum og dýrum í skógunum og á vatninu, mjólkin með eins miklum rjóma eggin úr hænsnunum alveg eins stór og hvít og á hveitilöndum, sauðakjö
ð
tið eins feitt; en eins mega þeir sa
g
kna og það er svínaræktin. því þau, þrífast best hjá hveitibændum og til margra hluta nytsamleg og - vísa eg þér þar til ferðaminninga Steingríms - læknis. því
hann
lýsir háttalagi þeirra
með
nákvæmlega á einum stað. og eg vil heldur að þú lesir það en mína lýsing, því hann hefur lag á að; koma manni í gott skap. Og eitt er víst að á honum hefur sannast, máltækið, ”Glögt er. o.s.fr.„
Eg vona að þú verðir ekki vond, þó þér finnist dálitill móður í mér, hér að ofan; enda ekki meining
mín að móðga þig, Eg hef aldrei verið stórhuga, og var heldur ekki, alin upp á þann hátt, aflað brauðs fyrir mig og mína á ærlegan hátt, eða það finnst mér, og aldrei viljað taka ”tvo fyrir einn„ þó eg hafi átt kost á að læra það, og sjái það fyrir mér daglega. og alvanur við að láta 2. fyrir 1. í viðskiptum, sjáðu! það tilheyrir bóndastöðunni; En nú
nú
má eg ekki tegja þetta meira Er að hugsa um að koma þessu á stað á morgun; því nú er kominn 25 sept., og ef vel viðrar færð þú það þú
það
einhverntíma fyrir næstu jól. Lína fékk bréf í dag frá pabba sínum og stjúpu. þeim líður bærilega. Hann
er nú
verður 80. ár 15 n. m. ef hann lifir, auðvit orðin æði lasburða, en ber ellina eins og hetja. hún er 8 árum yngri, og því
ögn
dálítið hressari; og
svo
samrýnd að það, sem öðru sýnist, er hinu gott og gilt.
Heimskr., sem fer nun er fyrir júlí og águst, gaman væri að fá bréf og fáeinar vísur frá þuru frænku, máski hún sé reið við mig fyrir sumar vísurnar sem eg setti í bréfið sem eg sendi henni, í april 1924? Stjana situr hér við borðið að skrifa Hún biður mig að, segja þér að hún ætli að koma
heim
1930 á þúsund ára afmæli alþingis, og biður þig að hafa þá til handa sér pottbrauð, og skir og flautir og sperðil og lundabagga og alt, sem íslensk er. Hún, og Helga, Stína, og Björn eru á förum í bæinn, á motorbátnum okkar, svo við Lína verð ein heima í dag. Jóhann er núna flýtja með öðrum manni fisk frá fiskimönnum, til bæjarins, á bát, sem Stebbi á. sem hann keypti í fyrra, er nokkuð stór og góður til vörufluttninga. Við biðjum öll hjartanlega að heilsa ykkur öllum; og fossum og fjöllum. Þinn elskandi bróðir
Þórarinn Stefánsson